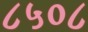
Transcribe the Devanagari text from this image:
८५०८